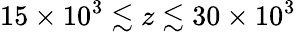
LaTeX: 15\times 10^{3}\lesssim z\lesssim 30\times 10^{3}